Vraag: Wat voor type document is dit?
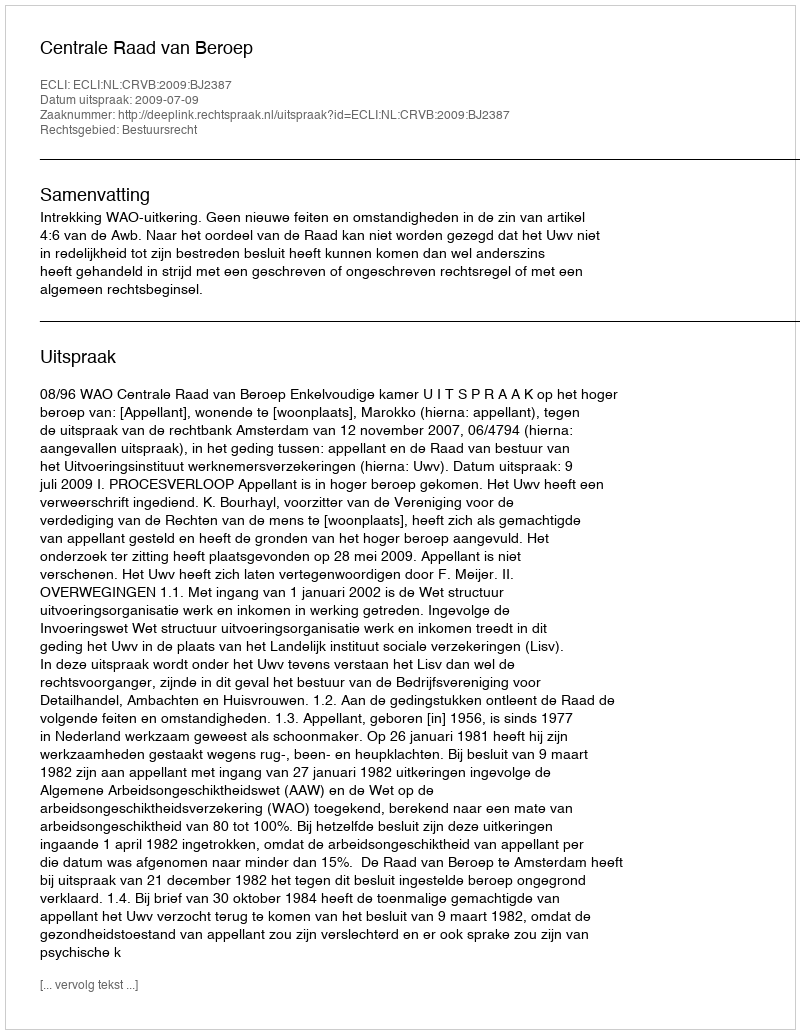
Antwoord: Uitspraak